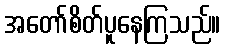
အတော်စိတ်ပူနေကြသည်။